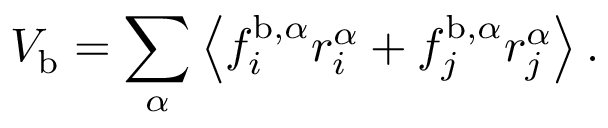
V _ { \mathrm { b } } = \sum _ { \alpha } \left\langle f _ { i } ^ { \mathrm { b } , \alpha } r _ { i } ^ { \alpha } + f _ { j } ^ { \mathrm { b } , \alpha } r _ { j } ^ { \alpha } \right\rangle .